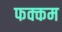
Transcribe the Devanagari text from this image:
फक्कम